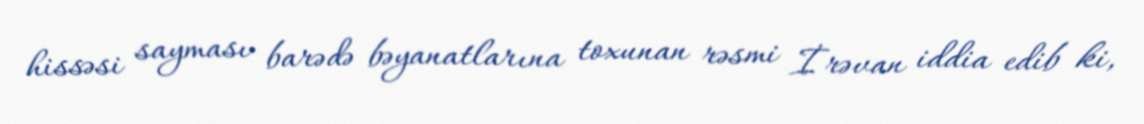
hissəsi sayması barədə bəyanatlarına toxunan rəsmi İrəvan iddia edib ki,